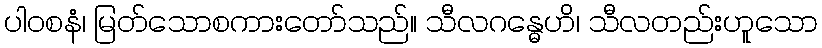
ပါဝစနံ၊ မြတ်သောစကားတော်သည်။ သီလဂန္ဓေဟိ၊ သီလတည်းဟူသော